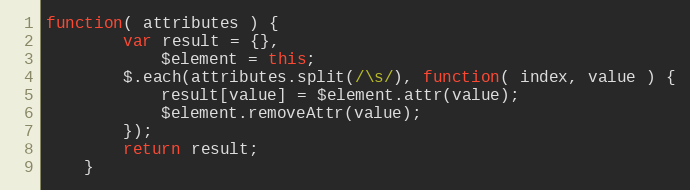
Language: JavaScript
function( attributes ) {
		var result = {},
			$element = this;
		$.each(attributes.split(/\s/), function( index, value ) {
			result[value] = $element.attr(value);
			$element.removeAttr(value);
		});
		return result;
	}